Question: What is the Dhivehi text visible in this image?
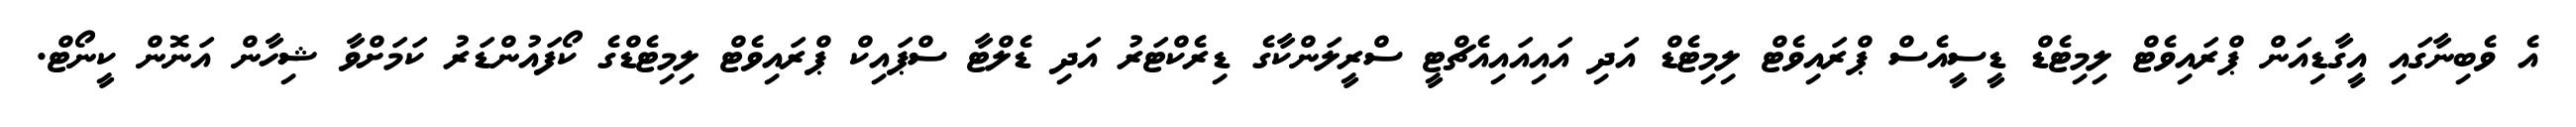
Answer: އެ ވެބިނާގައި އީގާޑިއަން ޕްރައިވެޓް ލިމިޓެޑް ޑީސީއެސް ޕްރައިވެޓް ލިމިޓެޑް އަދި އައިއައިއެޗްޓީ ސްރީލަންކާގެ ޑިރެކްޓަރު އަދި ޑެލްޓާ ސްޕައިކް ޕްރައިވެޓް ލިމިޓެޑްގެ ކޯފައުންޑަރު ކަމަށްވާ ޝިހާން އަނޮން ކީނޯޓް.